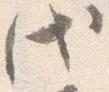
代